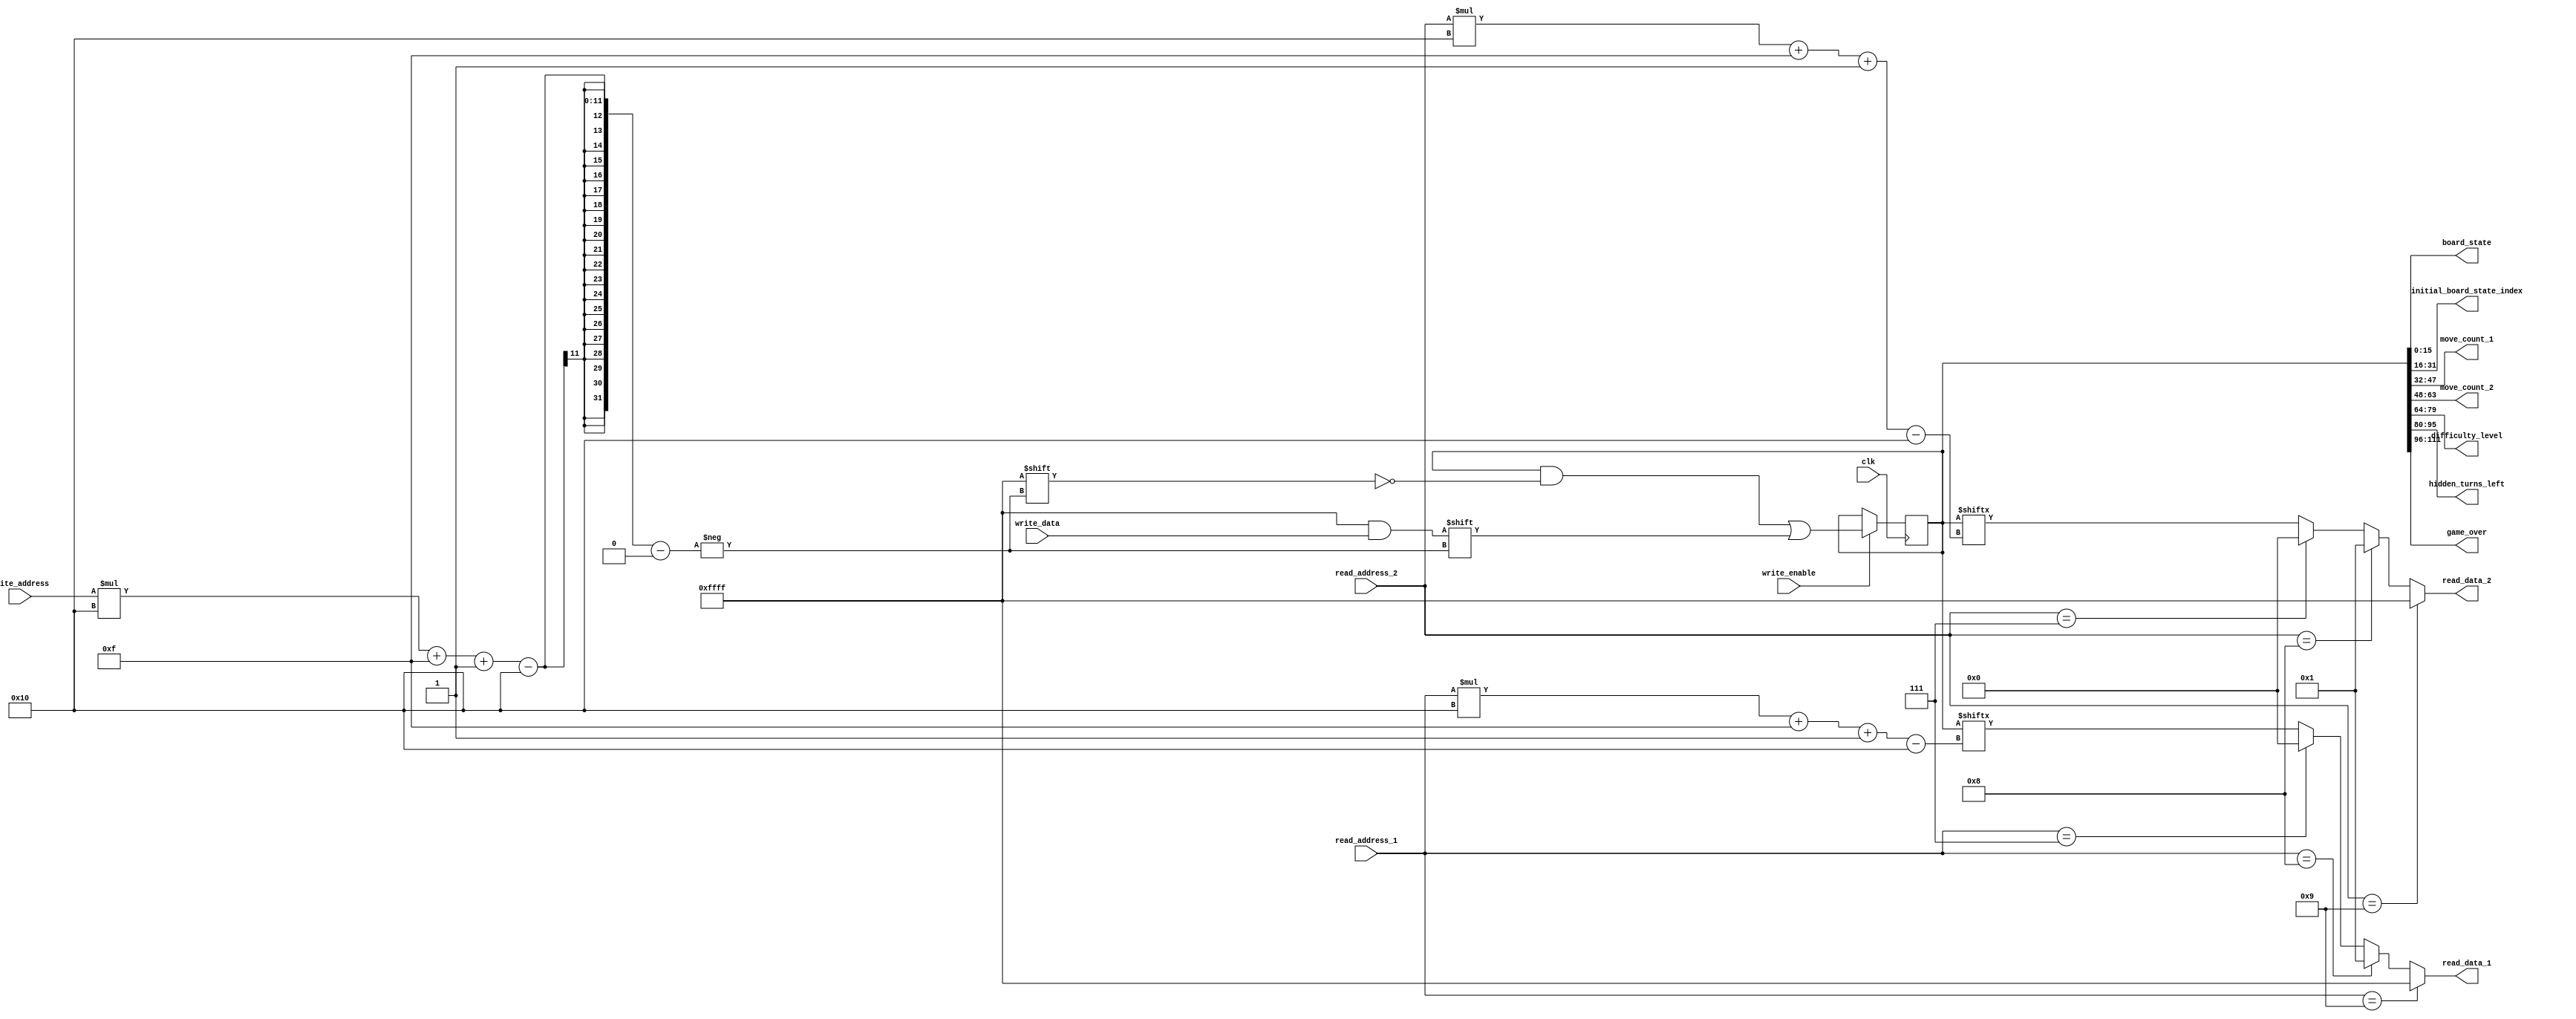
/*
   This file was generated automatically by Alchitry Labs version 1.2.7.
   Do not edit this file directly. Instead edit the original Lucid source.
   This is a temporary file and any changes made to it will be destroyed.
*/

module regfile_7 (
    input clk,
    input [3:0] read_address_1,
    input [3:0] read_address_2,
    output reg [15:0] read_data_1,
    output reg [15:0] read_data_2,
    input [3:0] write_address,
    input [15:0] write_data,
    input write_enable,
    output reg [15:0] board_state,
    output reg [15:0] initial_board_state_index,
    output reg [15:0] move_count_1,
    output reg [15:0] move_count_2,
    output reg [15:0] difficulty_level,
    output reg [15:0] hidden_turns_left,
    output reg [15:0] game_over
  );
  
  
  
  reg [159:0] M_registers_d, M_registers_q = 160'h0000000000000000000000000000000000000000;
  
  always @* begin
    M_registers_d = M_registers_q;
    
    read_data_1 = M_registers_q[(read_address_1)*16+15-:16];
    read_data_2 = M_registers_q[(read_address_2)*16+15-:16];
    if (read_address_1 == 3'h7) begin
      read_data_1 = 16'h0000;
    end
    if (read_address_1 == 4'h8) begin
      read_data_1 = 1'h1;
    end
    if (read_address_1 == 4'h9) begin
      read_data_1 = 16'hffff;
    end
    if (read_address_2 == 3'h7) begin
      read_data_2 = 16'h0000;
    end
    if (read_address_2 == 4'h8) begin
      read_data_2 = 1'h1;
    end
    if (read_address_2 == 4'h9) begin
      read_data_2 = 16'hffff;
    end
    if (write_enable) begin
      M_registers_d[(write_address)*16+15-:16] = write_data;
    end
    board_state = M_registers_q[0+15-:16];
    initial_board_state_index = M_registers_q[16+15-:16];
    move_count_1 = M_registers_q[32+15-:16];
    move_count_2 = M_registers_q[48+15-:16];
    difficulty_level = M_registers_q[64+15-:16];
    hidden_turns_left = M_registers_q[80+15-:16];
    game_over = M_registers_q[96+15-:16];
  end
  
  always @(posedge clk) begin
    M_registers_q <= M_registers_d;
  end
  
endmodule